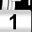
Digit: 1